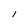
Character: l